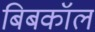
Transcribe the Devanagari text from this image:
बिबकॉल